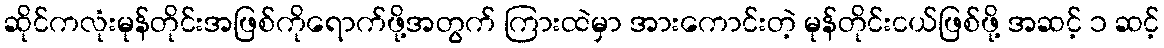
ဆိုင်ကလုံးမုန်တိုင်းအဖြစ်ကိုရောက်ဖို့အတွက် ကြားထဲမှာ အားကောင်းတဲ့ မုန်တိုင်းငယ်ဖြစ်ဖို့ အဆင့် ၁ ဆင့်